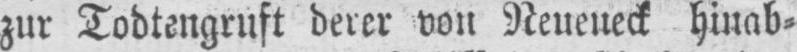
hinab⸗